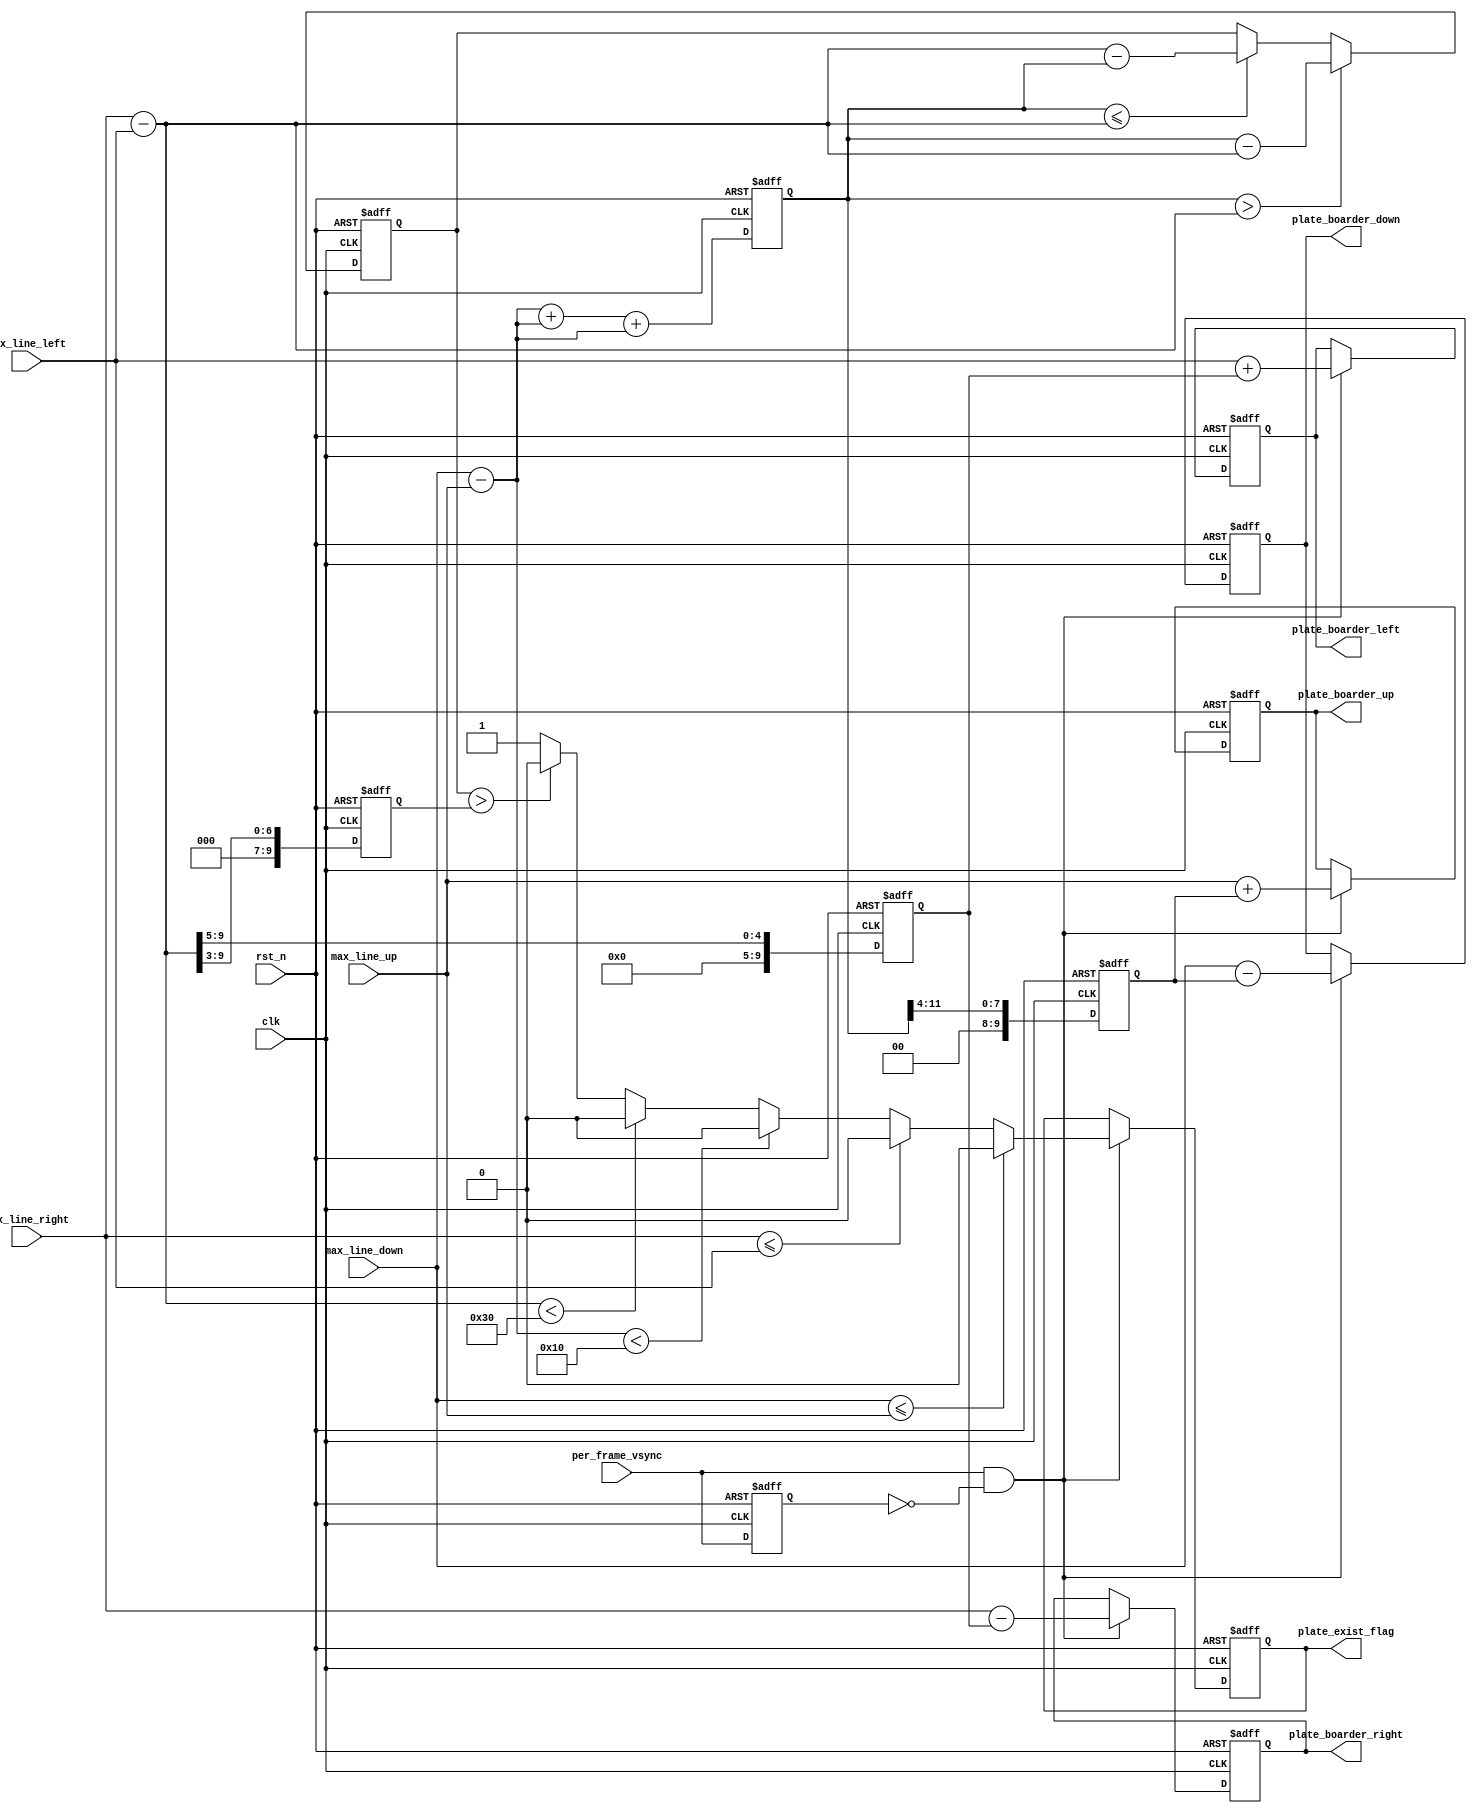
//

module plate_boarder_adjust (
	//global clock
	input				clk,  				
	input				rst_n,				

	input				per_frame_vsync,	

    input      [9:0] 	max_line_up 	,		//
    input      [9:0] 	max_line_down	,
    input      [9:0] 	max_line_left 	,     
    input      [9:0] 	max_line_right	,
	
    output reg [9:0] 	plate_boarder_up 	,  	//
    output reg [9:0] 	plate_boarder_down	, 
    output reg [9:0] 	plate_boarder_left 	,
    output reg [9:0] 	plate_boarder_right	,
	
	output reg 			plate_exist_flag		//	
);

reg per_frame_vsync_r;

always@(posedge clk or negedge rst_n)
begin
	if(!rst_n)
		per_frame_vsync_r 	<= 0;
	else
		per_frame_vsync_r 	<= 	per_frame_vsync	;
end

//

wire vsync_pos_flag;
assign vsync_pos_flag = per_frame_vsync & (~per_frame_vsync_r);

//
wire [9:0] max_line_height;       
wire [9:0] max_line_width ;
	
assign max_line_height	= max_line_down  - max_line_up;
assign max_line_width   = max_line_right - max_line_left;


//311/8
reg [11:0] height_mult_3;	//*3
reg [ 9:0] width_div_8;		///8
reg [11:0] difference;		//


//VSYNC

//*3
always@(posedge clk or negedge rst_n)
begin
	if(!rst_n)
		height_mult_3 	<= 12'd0;
	else
		height_mult_3  <= max_line_height + max_line_height + max_line_height;
end

//
always@(posedge clk or negedge rst_n)
begin
	if(!rst_n)
		difference	<= 12'd0;
	else begin
		if(height_mult_3 > max_line_width)
			difference	<= height_mult_3 - max_line_width;
		else
		if(height_mult_3 <= max_line_width)
			difference	<= max_line_width - height_mult_3;
	end
end

///8
always@(posedge clk or negedge rst_n)
begin
	if(!rst_n)
		width_div_8	<= 12'd0;
	else
		width_div_8	<= max_line_width[9:3];
end

//
always@(posedge clk or negedge rst_n)
begin
	if(!rst_n)
		plate_exist_flag 	<= 0;
	else if(vsync_pos_flag) begin
	
		if(max_line_down <= max_line_up)				//
			plate_exist_flag <= 0;
		else
		if(max_line_right <= max_line_left)				//
			plate_exist_flag <= 0;
		else
		if(max_line_height < 10'd16)					//16
			plate_exist_flag <= 0;
		else
		if(max_line_width < 10'd48)						//48
			plate_exist_flag <= 0;
		else
		if(difference > width_div_8)					//
			plate_exist_flag <= 0;
		else
			plate_exist_flag <= 1;
	end
end

//

reg [9:0] h_shift;	// =  width/32
reg [9:0] v_shift;	// =  (heitht*3)/16

always@(posedge clk or negedge rst_n)
begin
	if(!rst_n) 
		h_shift	<= 10'd0;
	else
		h_shift	<= max_line_width[9:5];
end

always@(posedge clk or negedge rst_n)
begin
	if(!rst_n) 
		v_shift	<= 10'd0;
	else
		v_shift	<= height_mult_3[11:4];
end

//
always@(posedge clk or negedge rst_n)
begin
	if(!rst_n) begin
		plate_boarder_up 	<= 10'd0;
		plate_boarder_down	<= 10'd0;
		plate_boarder_left 	<= 10'd0;
		plate_boarder_right	<= 10'd0;
	end
	else if(vsync_pos_flag) begin
		plate_boarder_up 	<= max_line_up 	  + v_shift;
		plate_boarder_down	<= max_line_down  - v_shift;
		plate_boarder_left 	<= max_line_left  + h_shift;
		plate_boarder_right	<= max_line_right - h_shift;
	end
end

endmodule